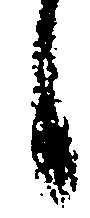
日